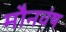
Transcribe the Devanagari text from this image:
मौनवंष